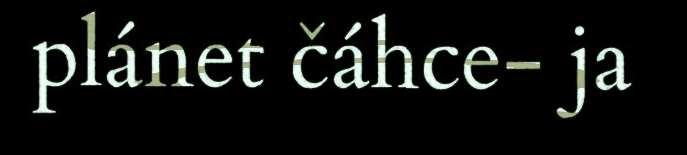
plánet čáhce- ja